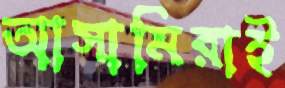
আসামিরাই